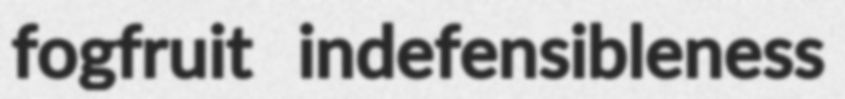
fogfruit indefensibleness